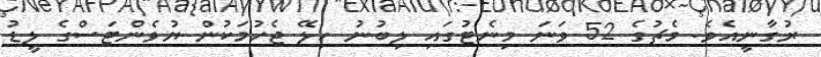
ރުގާނީއެވެ. މެޗުގެ 52 ވަނަ މިނެޓުގައި ލިބުނު ހިލޭ ޖެހުމަކުން ޔުވެންޓަސްގެ ލީޑު